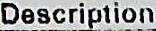
DESCRIPTION